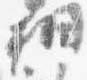
相